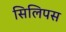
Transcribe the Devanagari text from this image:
सिलिपस